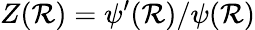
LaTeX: Z(\mathcal{R})=\psi^{\prime}(\mathcal{R})/\psi(\mathcal{R})